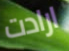
ارادت